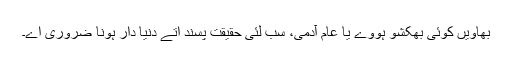
بھاویں کوئی بھکشو ہووے یا عام آدمی، سب لئی حقیقت پسند اتے دنیا دار ہونا ضروری اے۔